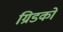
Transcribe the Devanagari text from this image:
ग्रिडको